Vaccination in Burma 1889-1999 - 1889-1999
Year: 1889
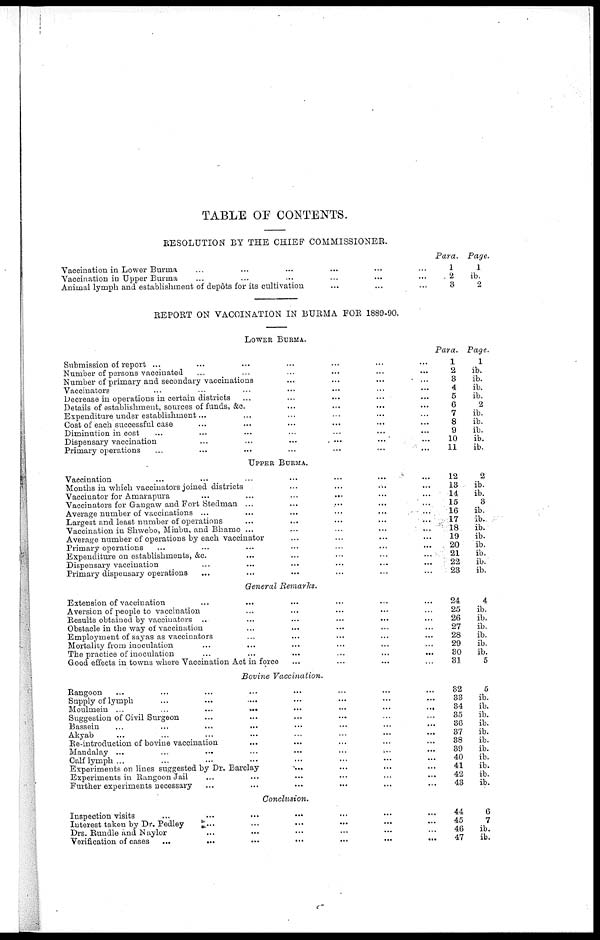
TABLE OF CONTENTS.
RESOLUTION BY THE CHIEF COMMISSIONER.
Vaccination in Lower Burma ... ... ... ... ... ...
Vaccination in Upper Burma ... ... ... ... ... ...
Animal lymph and establishment of depôts for its cultivation ... ... ...
Para.
1
2
3
Page.
1
ib.
2
REPORT ON VACCINATION IN BURMA FOR 1889-90.
LOWER BURMA.
Submission of report ... ... ... ... ... ... ...
Number of persons vaccinated ... ... ... ... ... ...
Number of primary and secondary vaccinations ... ... ... ...
Vaccinators ... ... ... ... ... ... ...
Decrease in operations in certain districts ... ... ... ... ...
Details of establishment, sources of funds, &c. ... ... ... ...
Expenditure under establishment... ... ... ... ... ...
Cost of each successful case ... ... ... ... ... ...
Diminution in cost ... ... ... ... ... ... ...
Dispensary vaccination ... ... ... ... ... ...
Primary operations ... ... ... ... ... ... ...
Para.
1
2
3
4
5
6
7
8
9
10
11
Page.
1
ib.
ib.
ib.
ib.
2
ib.
ib.
ib.
ib.
ib.
UPPER BURMA.
Vaccination
...
...
...
...
...
...
...
Months in which vaccinators joined districts ... ... ... ...
Vaccinator for Amarapura
...
...
...
... ... ...
Vaccinators for Gangaw and Fort Stedman ... ... ... ... ...
Average number of vaccinations ...
...
... ... ...
Largest and least number of operations
...
... ... ... ...
Vaccination in Shwebo, Minbu, and Bhamo ... ... ... ...
Average number of operations by each vaccinator ... ... ... ...
Primary operations ... ... ... ... ... ... ...
Expenditure on establishments, &c. ... ... ... ... ...
Dispensary vaccination ... ... ... ... ... ...
Primary dispensary operations ... ... ... ... ... ...
12
13
14
15
16
17
18
19
20
21
22
23
2
ib.
ib.
3
ib.
ib.
ib.
ib.
ib.
ib.
ib.
ib.
General Remarks.
Extension of vaccination ... ... ... ... ... ...
Aversion of people to vaccination ... ... ... ... ...
Results obtained by vaccinators ..
...
...
...
...
...
Obstacle in the way of vaccination ... ... ... ... ...
Employment of sayas as vaccinators ... ... ... ... ...
Mortality from inoculation ... ... ... ... ... ...
The practice of inoculation ... ... ... ... ... ...
Good effects in towns where Vaccination Act in force ... ... ... ...
24
25
26
27
28
29
30
31
4
ib.
ib.
ib.
ib.
ib.
ib.
5
Bovine Vaccination.
Rangoon ... ... ... ... ... ... ... ...
Supply of lymph ... ... ... ... ... ... ...
Moulmein ...
...
...
...
...
...
...
...
Suggestion of Civil Surgeon ... ... ... ... ... ...
Bassein
...
...
...
... ... ... ... ...
Akyab
...
...
...
...
...
...
...
...
Re-introduction of bovine vaccination ... ... ... ... ...
Mandalay ... ... ... ... ... ... ... ...
Calf lymph... ... ... ... ... ... ... ...
Experiments on lines suggested by Dr. Barclay
... ... ... ...
Experiments in Rangoon Jail
...
...
... ... ... ...
Further experiments necessary ... ... ... ... ... ...
32
33
34
35
36
37
38
39
40
41
42
43
5
ib.
ib.
ib.
ib.
ib.
ib.
ib.
ib.
ib.
ib.
ib.
Conclusion.
Inspection visits ... ... ... ... ... ... ... ...
Interest taken by Dr. Pedley ... ... ... ... ... ...
Drs. Rundle and Naylor ... ... ... ... ... ...
Verification of cases ...
...
...
...
...
...
...
44
45
46
47
6
7
ib.
ib.